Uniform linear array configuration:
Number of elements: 64
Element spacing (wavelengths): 0.5
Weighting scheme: kaiser
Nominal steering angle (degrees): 60
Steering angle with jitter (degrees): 59.566
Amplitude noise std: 0.05
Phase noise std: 0.05

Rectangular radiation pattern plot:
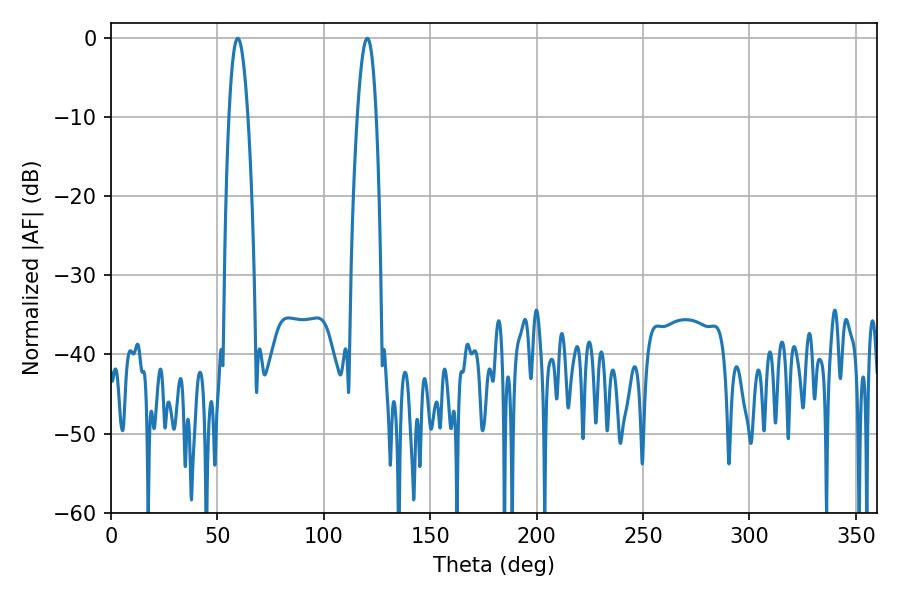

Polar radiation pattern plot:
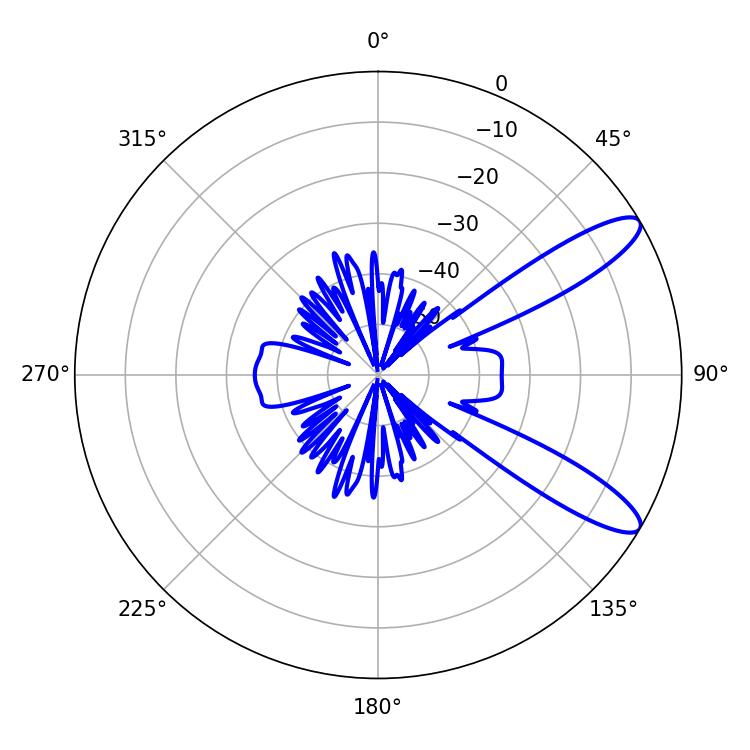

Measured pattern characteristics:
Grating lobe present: FALSE
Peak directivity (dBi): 10.974
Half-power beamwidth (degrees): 4.86
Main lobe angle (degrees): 59.58